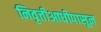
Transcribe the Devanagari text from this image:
निवृत्तीआधीपासून